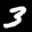
Label: 3